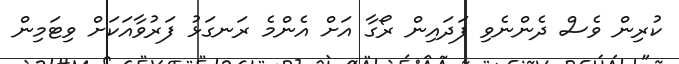
ކުރިން ވެސް ދެންނެވި ފަދައިން ރޯގާ އަށް އެންމެ ރަނގަޅު ފަރުވާއަކަށް ވިޓަމިން